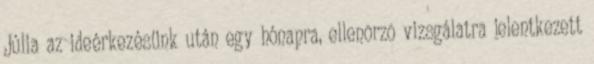
Júlia az ideérkezésünk után egy hónapra, ellenõrzõ vizsgálatra jelentkezett